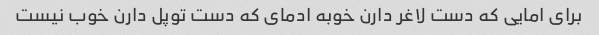
برای امایی که دست لاغر دارن خوبه ادمای که دست توپل دارن خوب نیست